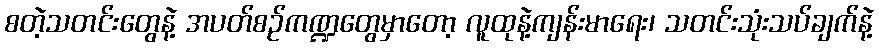
စတဲ့သတင်းတွေနဲ့ အပတ်စဉ်ကဏ္ဍတွေမှာတော့ လူထုနဲ့ကျန်းမာရေး၊ သတင်းသုံးသပ်ချက်နဲ့